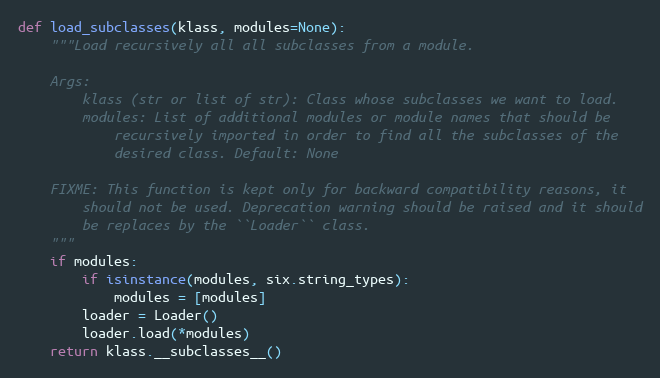
Language: Python
def load_subclasses(klass, modules=None):
    """Load recursively all all subclasses from a module.

    Args:
        klass (str or list of str): Class whose subclasses we want to load.
        modules: List of additional modules or module names that should be
            recursively imported in order to find all the subclasses of the
            desired class. Default: None

    FIXME: This function is kept only for backward compatibility reasons, it
        should not be used. Deprecation warning should be raised and it should
        be replaces by the ``Loader`` class.
    """
    if modules:
        if isinstance(modules, six.string_types):
            modules = [modules]
        loader = Loader()
        loader.load(*modules)
    return klass.__subclasses__()